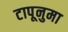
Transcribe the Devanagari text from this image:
टापूनुमा